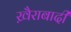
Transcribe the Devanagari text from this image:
ख़ैराबादी